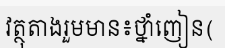
វត្ថុតាងរួមមាន៖ថ្នាំញៀន(